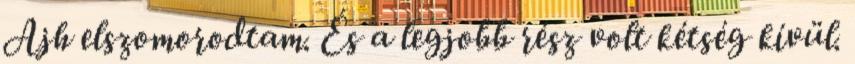
Ajh elszomorodtam. És a legjobb rész volt kétség kívül.